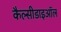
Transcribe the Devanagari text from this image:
कैल्सीडाइऑल